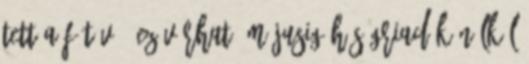
tett a Főtáv - ez várható májusig Hőségriadók nélkül